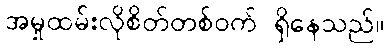
အမှုထမ်းလိုစိတ်တစ်ဝက် ရှိနေသည်။